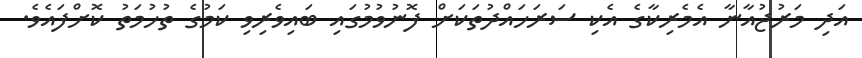
އަދި މަރުޖުއާނާ އެމެރިކާގެ އެކި ސަރަހައްދުތަކަށް ފޮނުވުމުގައި ބައިވެރިވި ކަމުގެ ތުހުމަތު ކޮށްފައެވެ.